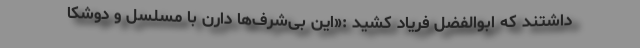
داشتند که ابوالفضل فریاد کشید :«این بی‌شرف‌ها دارن با مسلسل و دوشکا